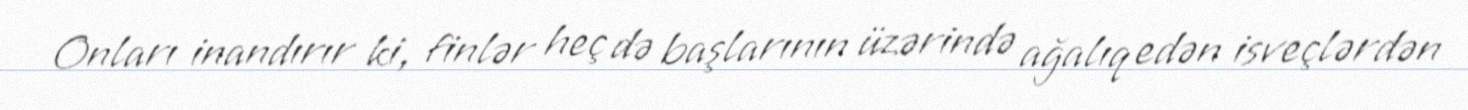
Onları inandırır ki, finlər heç də başlarının üzərində ağalıq edən isveçlərdən